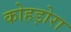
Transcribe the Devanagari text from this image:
कोहड़ोरा